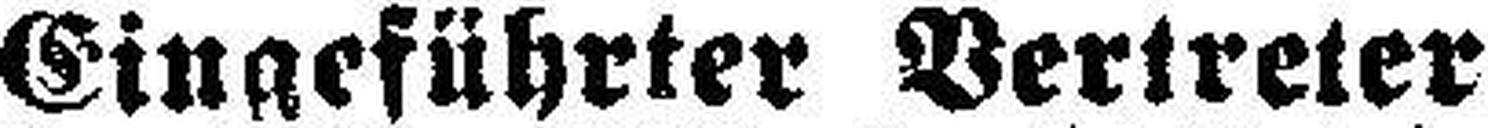
Eingeführter Vertreter